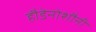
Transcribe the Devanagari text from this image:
हौडेनोशौनी